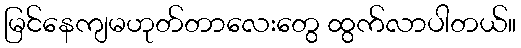
မြင်နေကျမဟုတ်တာလေးတွေ ထွက်လာပါတယ်။